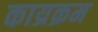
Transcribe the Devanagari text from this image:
काय्रक्रम